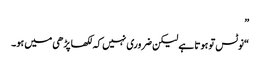
”
“نوٹس تو ہوتا ہے لیکن ضروری نہیں کہ لکھا پڑھی میں ہو۔